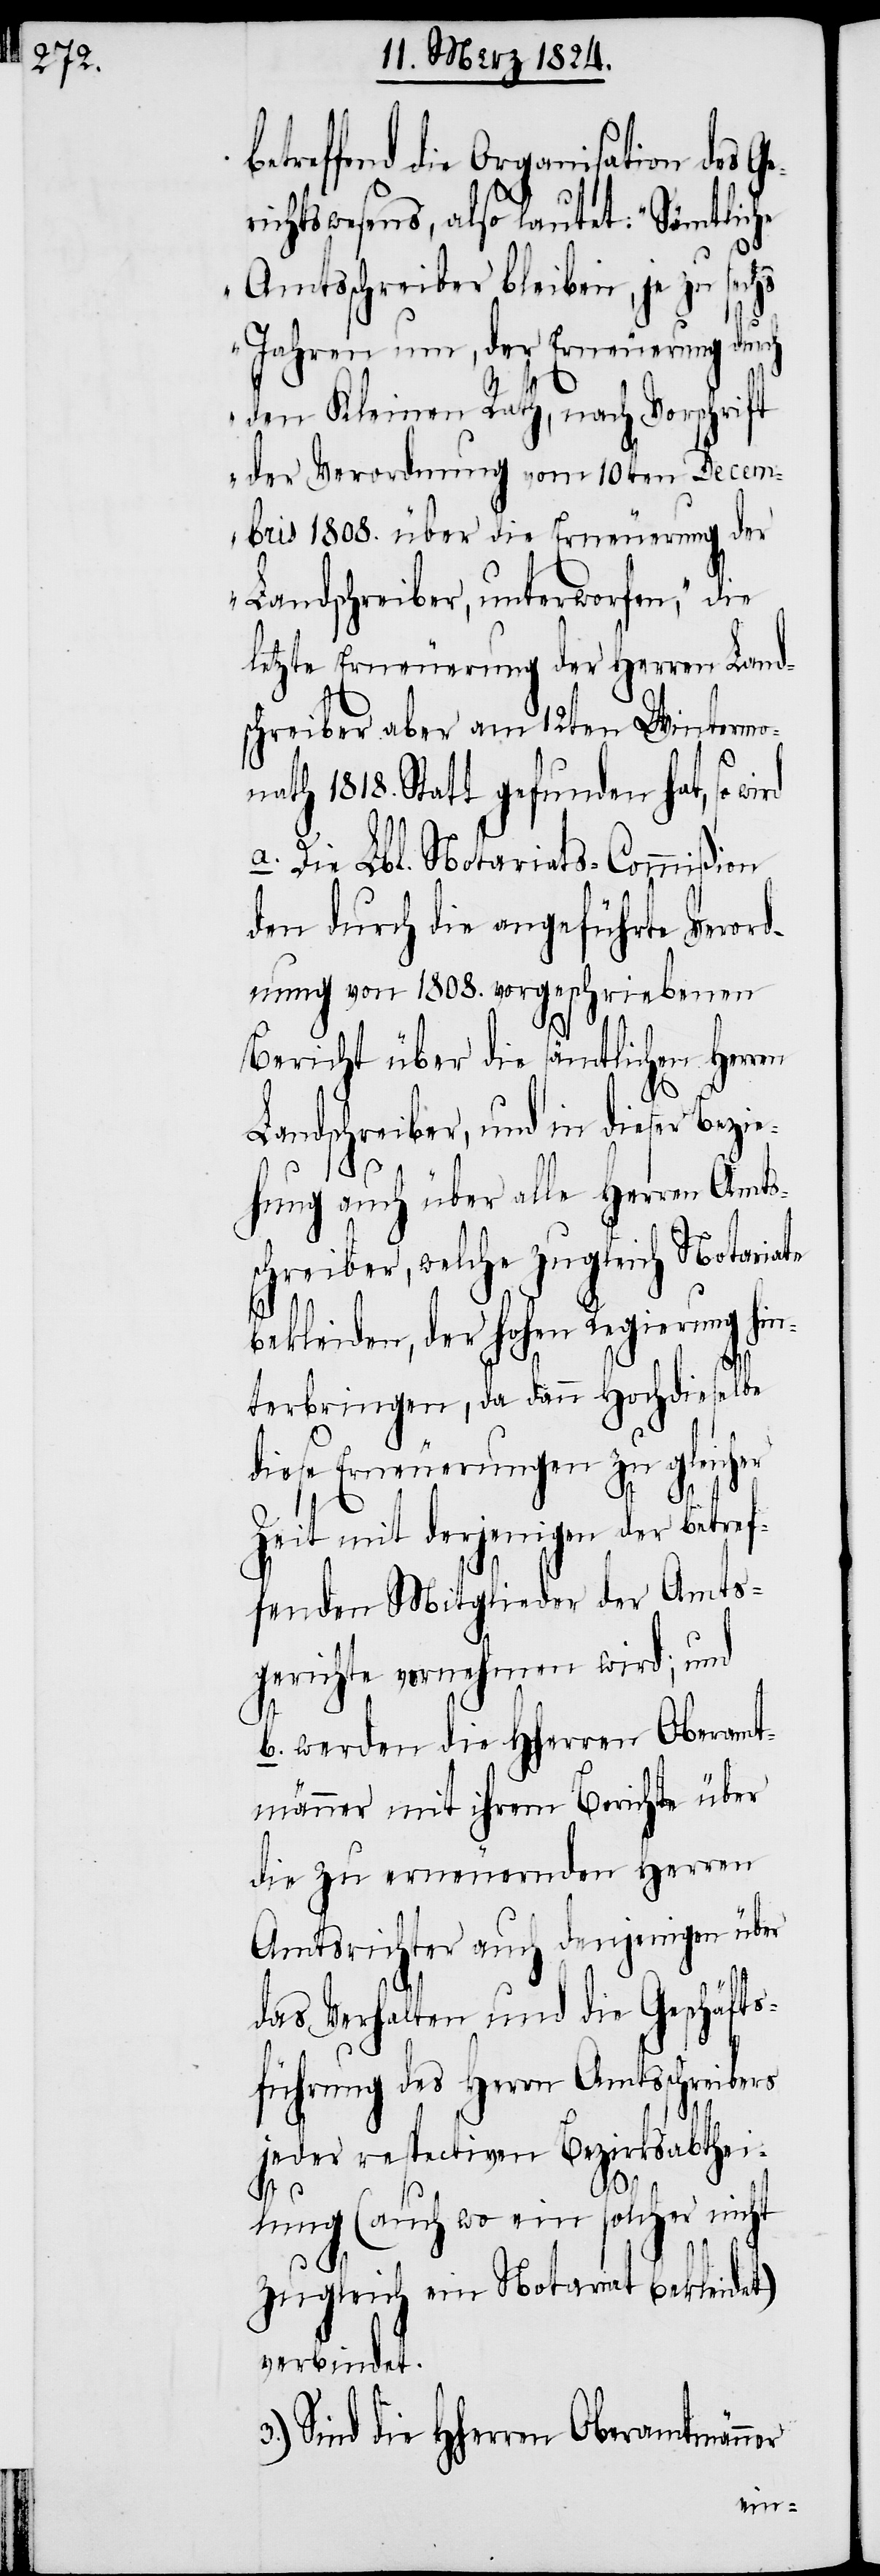
etreffend die Organisation des G¬
richtswesens, also lautet: „Sämtliche
Amtsschreiber bleiben, je zu sechs
b¬
Jahren um, der Erneuerung durch
e¬
den Kleinen Rath, nach Vorschrift
der Verordnung vom 10ten Decem¬
ber 1808. über die Erneuerung der
Landschreiber, unterworfen“, die
letzte Erneuerung der Herren Land¬
schreiber aber am 12ten Wintermo¬
nat 1818. Statt gefunden hat, so
a.) Die Lbl. Notariats-Commißion
den durch die angeführte Verord¬
nung von 1808. vorgeschriebenen
Bericht über die sämtlichen Herren
Landschreiber, und in dieser Bezie¬
hung auch alle Herren Amts¬
schreiber, welche zugleich Notariate
bekleiden, der hohen Regierung hin¬
terbringen, da dann Hochdieselbe
diese Erneuerungen zu gleicher
Zeit mit derjenigen der betref¬
fenden Mitglieder der Amts¬
gerichte vornehmen wird; und
b.) werden die HHerren Oberamt¬
männer mit ihrem Berichte über
die zu erneuernden Herren
Amtsrichter auch denjenigen über
das Verhalten und die Geschäfts¬
führung des Herrn Amtsschreibers
jeder respectiven Bezirksabthei¬
lung (auch wo ein solcher nicht
zugleich ein Notariat bekleidet)
verbindet.
Sind die HHerren Oberamtmänner